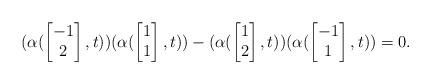
LaTeX: \begin{align*}(\alpha(\begin{bmatrix}-1\\2\end{bmatrix},t))(\alpha(\begin{bmatrix}1\\1\end{bmatrix},t))-(\alpha(\begin{bmatrix}1\\2\end{bmatrix},t))(\alpha(\begin{bmatrix}-1\\1\end{bmatrix},t))=0.\end{align*}